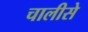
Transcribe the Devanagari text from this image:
चालीसे